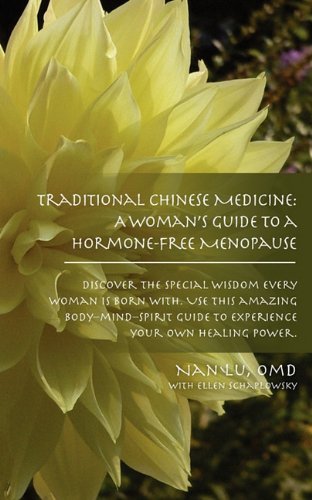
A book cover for Traditional Chinese Medicine: A Woman's Guide to a Hormone-Free Menopause; Nan Lu; Health, Fitness & Dieting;